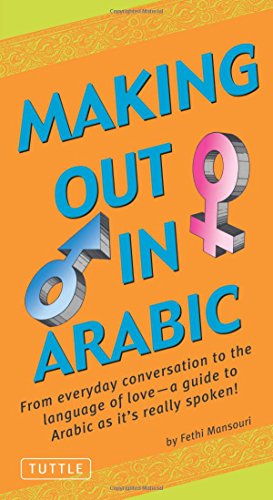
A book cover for Making Out in Arabic: (Arabic Phrasebook) (Making Out Books); Fethi Mansouri Dr.; Travel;